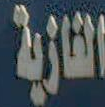
الغازية